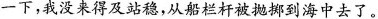
一下，我没来得及站稳，从船栏杆被抛掷到海中去了。